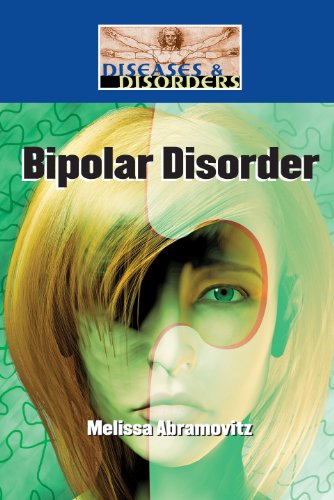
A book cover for Bipolar Disorder (Diseases and Disorders); Jennifer Mackay; Teen & Young Adult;